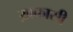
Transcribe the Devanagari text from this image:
ख़कासी